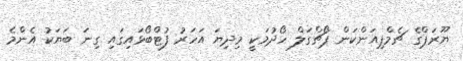
ޔޫރަޕްގެ ޗެމްޕިއަންކަން ޕޯޗްގަލް ހޯދުމަކީ މިދިޔަ އަހަރު ފުޓްބޯޅައިގައި ގިނަ ބަޔަކު އެންމެ